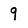
Character: 9